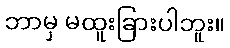
ဘာမှ မထူးခြားပါဘူး။